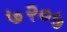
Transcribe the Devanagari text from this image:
७२०७